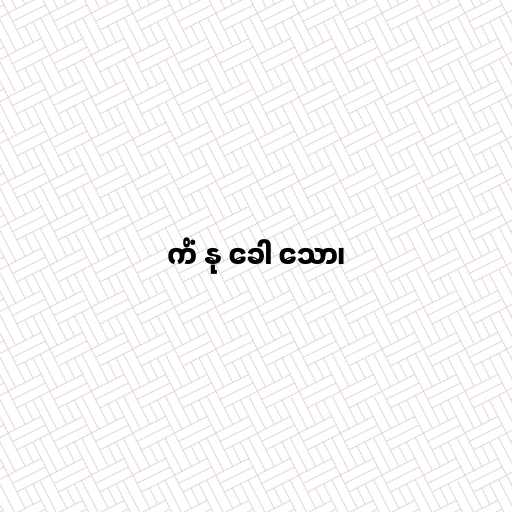
ကိံ နု ခေါ သော၊